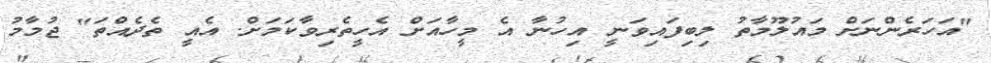
"އަހަރެންނަށް މައުލޫމާތު ލިބިފައިވަނީ އިހުނާ އެ މީހާއަށް އެހީތެރިވާކަމަށް. އެއީ ތެދެއްތަ" ޖުމާމު